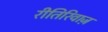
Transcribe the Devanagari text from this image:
रीतिरिवाज़